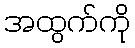
အထွက်ကို